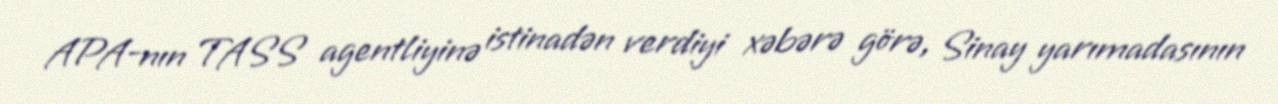
APA-nın TASS agentliyinə istinadən verdiyi xəbərə görə, Sinay yarımadasının